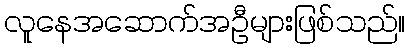
လူနေအဆောက်အဦများဖြစ်သည်။